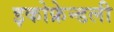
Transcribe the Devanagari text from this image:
इकोफ्रेन्डली